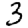
Digit: 3